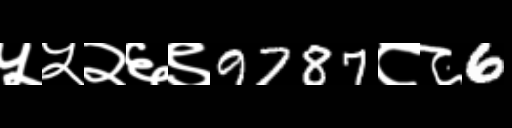
Text: ५५२६९9787८८6